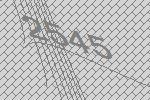
2545